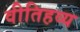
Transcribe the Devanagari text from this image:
वीतिहव्य